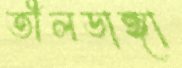
তীলডাঙ্গা